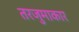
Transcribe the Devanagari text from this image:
तरजुमाकार